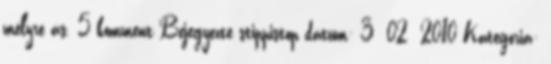
mélyre ás. 5 komment Bejegyezte stippistop dátum: 3 02 2010 Kategória: